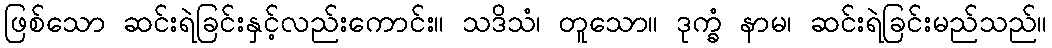
ဖြစ်သော ဆင်းရဲခြင်းနှင့်လည်းကောင်း။ သဒိသံ၊ တူသော။ ဒုက္ခံ နာမ၊ ဆင်းရဲခြင်းမည်သည်။